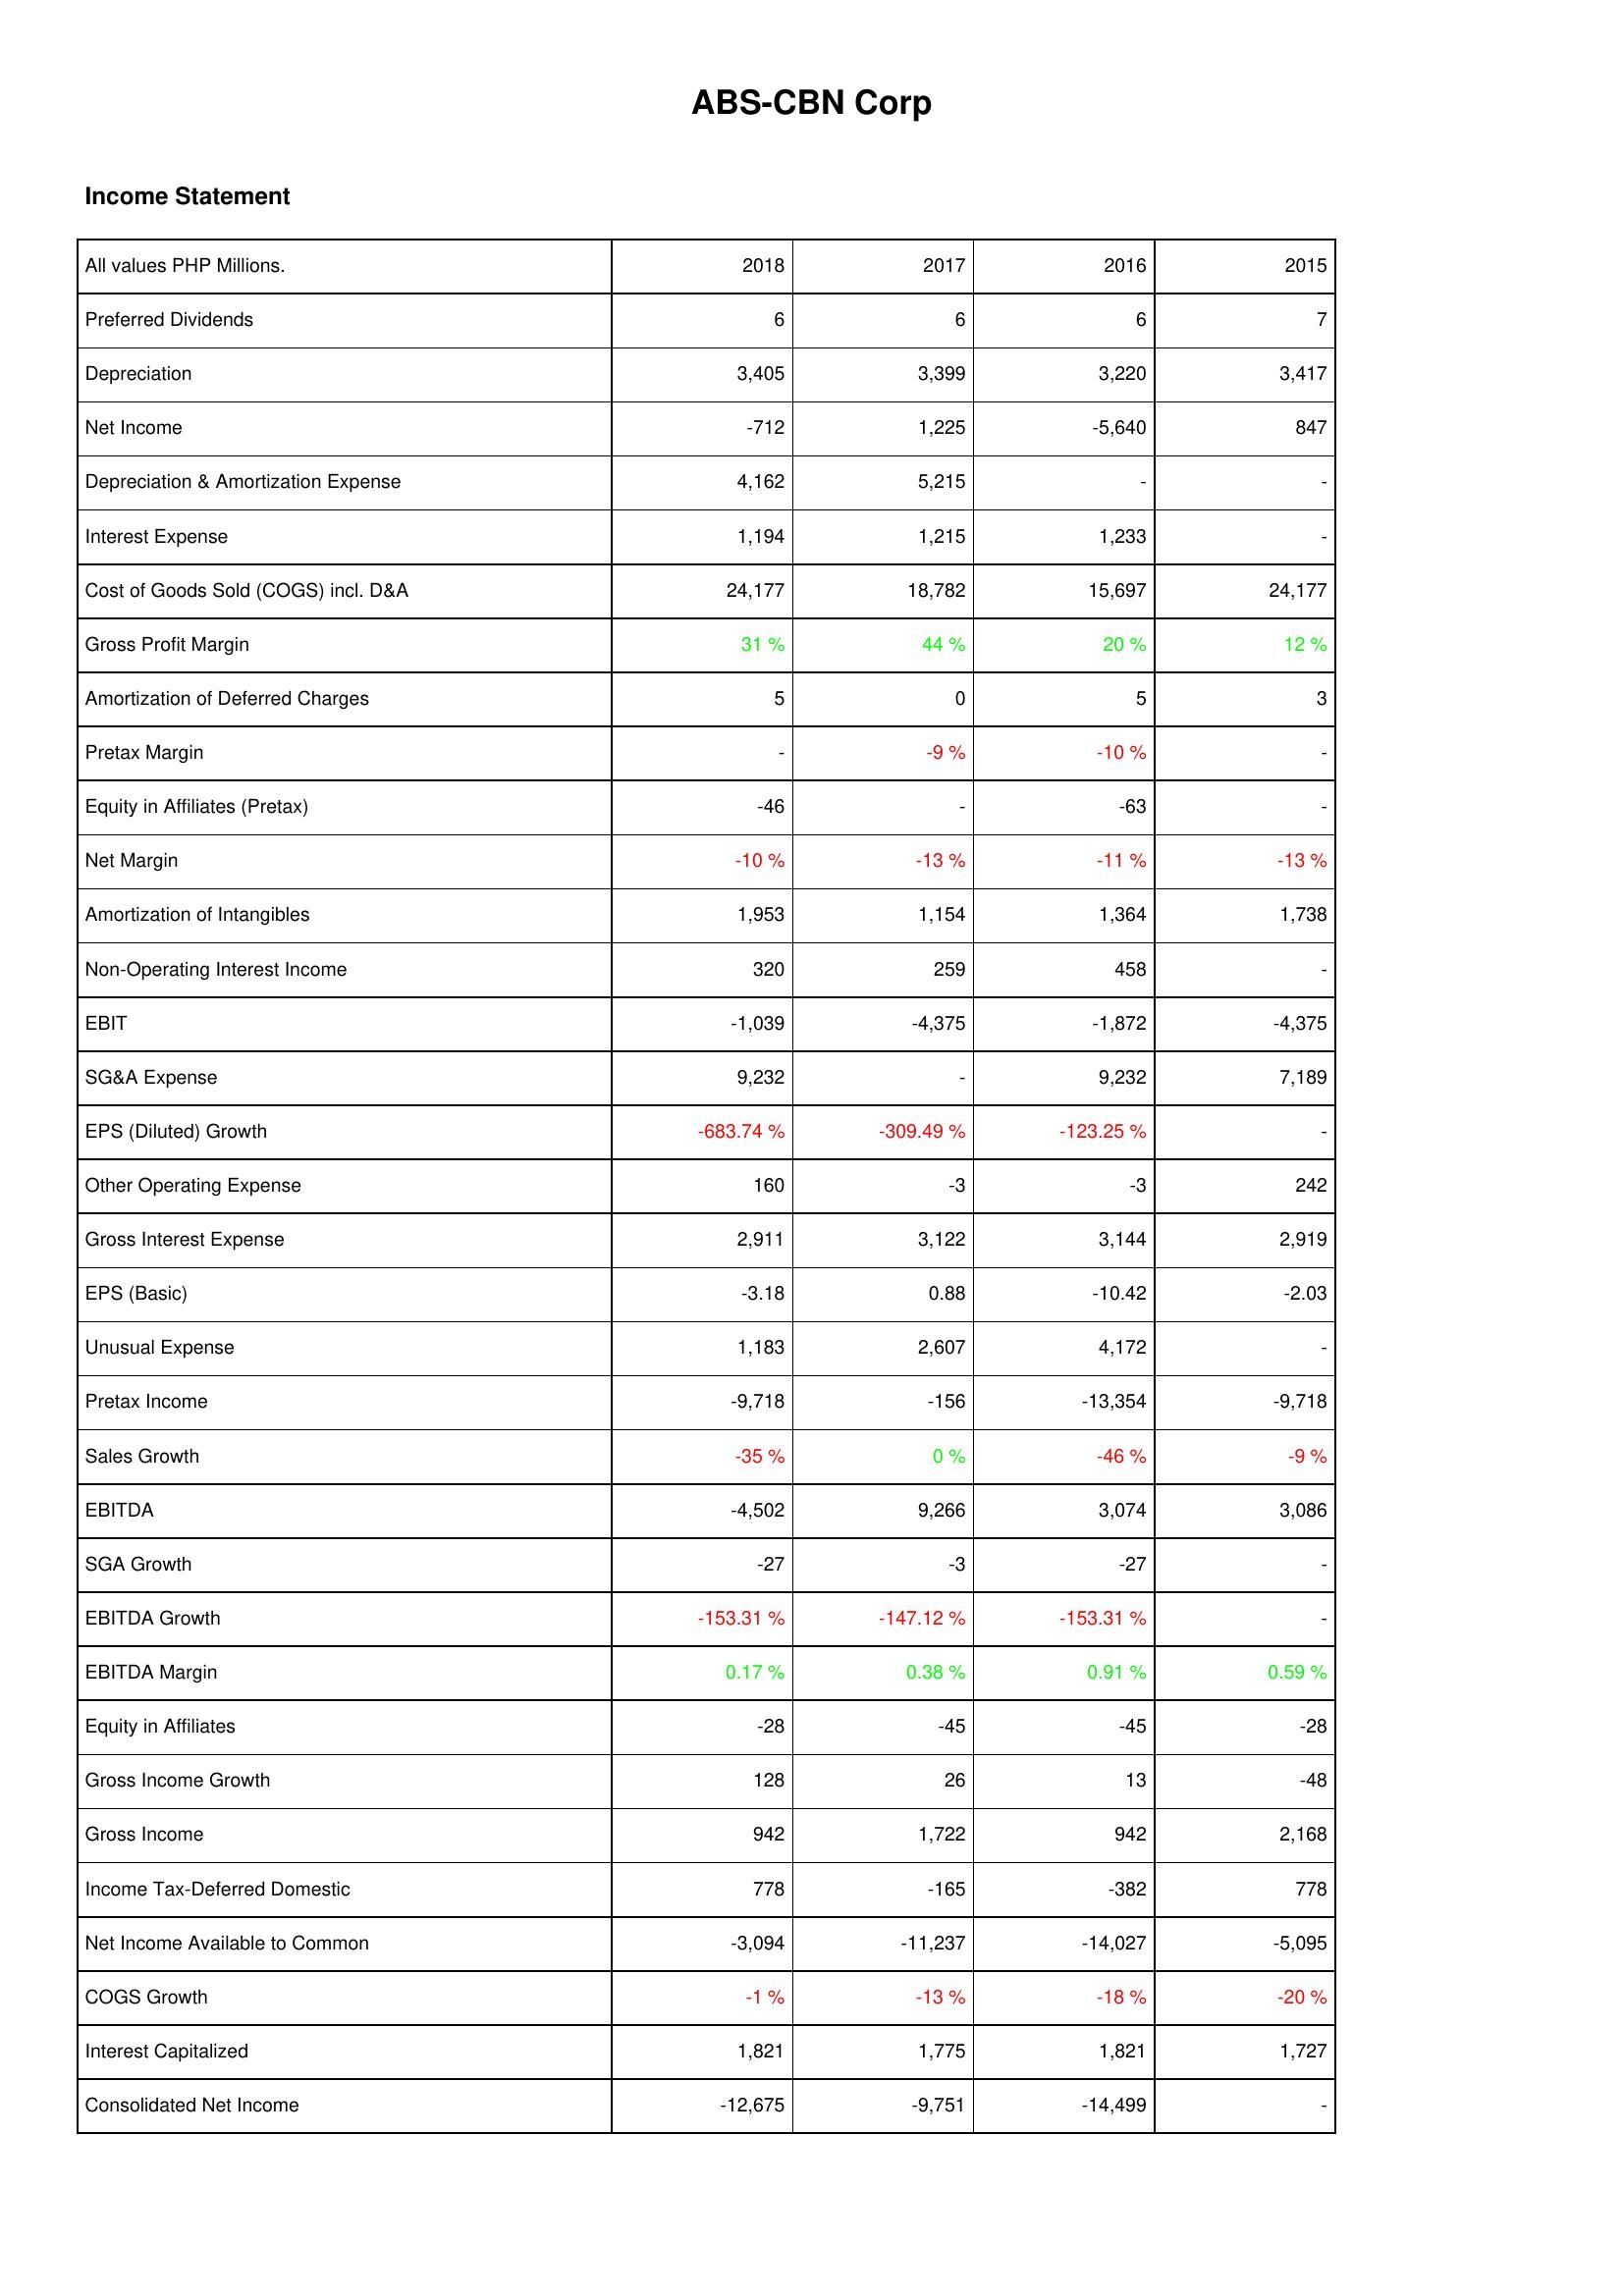
2018: Income Statement: Preferred Dividends: 6
Depreciation: 3,405
Net Income: -712
Depreciation & Amortization Expense: 4,162
Interest Expense: 1,194
Cost of Goods Sold (COGS) incl. D&A: 24,177
Gross Profit Margin: 31 %
Amortization of Deferred Charges: 5
Pretax Margin: -
Equity in Affiliates (Pretax): -46
Net Margin: -10 %
Amortization of Intangibles: 1,953
Non-Operating Interest Income: 320
EBIT: -1,039
SG&A Expense: 9,232
EPS (Diluted) Growth: -683.74 %
Other Operating Expense: 160
Gross Interest Expense: 2,911
EPS (Basic): -3.18
Unusual Expense: 1,183
Pretax Income: -9,718
Sales Growth: -35 %
EBITDA: -4,502
SGA Growth: -27
EBITDA Growth: -153.31 %
EBITDA Margin: 0.17 %
Equity in Affiliates: -28
Gross Income Growth: 128
Gross Income: 942
Income Tax-Deferred Domestic: 778
Net Income Available to Common: -3,094
COGS Growth: -1 %
Interest Capitalized: 1,821
Consolidated Net Income: -12,675
2017: Income Statement: Preferred Dividends: 6
Depreciation: 3,399
Net Income: 1,225
Depreciation & Amortization Expense: 5,215
Interest Expense: 1,215
Cost of Goods Sold (COGS) incl. D&A: 18,782
Gross Profit Margin: 44 %
Amortization of Deferred Charges: 0
Pretax Margin: -9 %
Equity in Affiliates (Pretax): -
Net Margin: -13 %
Amortization of Intangibles: 1,154
Non-Operating Interest Income: 259
EBIT: -4,375
SG&A Expense: -
EPS (Diluted) Growth: -309.49 %
Other Operating Expense: -3
Gross Interest Expense: 3,122
EPS (Basic): 0.88
Unusual Expense: 2,607
Pretax Income: -156
Sales Growth: 0 %
EBITDA: 9,266
SGA Growth: -3
EBITDA Growth: -147.12 %
EBITDA Margin: 0.38 %
Equity in Affiliates: -45
Gross Income Growth: 26
Gross Income: 1,722
Income Tax-Deferred Domestic: -165
Net Income Available to Common: -11,237
COGS Growth: -13 %
Interest Capitalized: 1,775
Consolidated Net Income: -9,751
2016: Income Statement: Preferred Dividends: 6
Depreciation: 3,220
Net Income: -5,640
Depreciation & Amortization Expense: -
Interest Expense: 1,233
Cost of Goods Sold (COGS) incl. D&A: 15,697
Gross Profit Margin: 20 %
Amortization of Deferred Charges: 5
Pretax Margin: -10 %
Equity in Affiliates (Pretax): -63
Net Margin: -11 %
Amortization of Intangibles: 1,364
Non-Operating Interest Income: 458
EBIT: -1,872
SG&A Expense: 9,232
EPS (Diluted) Growth: -123.25 %
Other Operating Expense: -3
Gross Interest Expense: 3,144
EPS (Basic): -10.42
Unusual Expense: 4,172
Pretax Income: -13,354
Sales Growth: -46 %
EBITDA: 3,074
SGA Growth: -27
EBITDA Growth: -153.31 %
EBITDA Margin: 0.91 %
Equity in Affiliates: -45
Gross Income Growth: 13
Gross Income: 942
Income Tax-Deferred Domestic: -382
Net Income Available to Common: -14,027
COGS Growth: -18 %
Interest Capitalized: 1,821
Consolidated Net Income: -14,499
2015: Income Statement: Preferred Dividends: 7
Depreciation: 3,417
Net Income: 847
Depreciation & Amortization Expense: -
Interest Expense: -
Cost of Goods Sold (COGS) incl. D&A: 24,177
Gross Profit Margin: 12 %
Amortization of Deferred Charges: 3
Pretax Margin: -
Equity in Affiliates (Pretax): -
Net Margin: -13 %
Amortization of Intangibles: 1,738
Non-Operating Interest Income: -
EBIT: -4,375
SG&A Expense: 7,189
EPS (Diluted) Growth: -
Other Operating Expense: 242
Gross Interest Expense: 2,919
EPS (Basic): -2.03
Unusual Expense: -
Pretax Income: -9,718
Sales Growth: -9 %
EBITDA: 3,086
SGA Growth: -
EBITDA Growth: -
EBITDA Margin: 0.59 %
Equity in Affiliates: -28
Gross Income Growth: -48
Gross Income: 2,168
Income Tax-Deferred Domestic: 778
Net Income Available to Common: -5,095
COGS Growth: -20 %
Interest Capitalized: 1,727
Consolidated Net Income: -